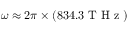
\omega \approx 2 \pi \times ( 8 3 4 . 3 \mathrm { ~ T ~ H ~ z ~ } )